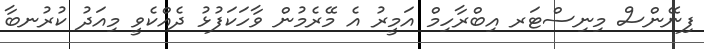
ފިނޭންސް މިިނިސްޓަރ އިބްރާހިމް އަމީރު އެ މޭރެމުން ވާހަކަފުޅު ދެއްކެވީ މިއަދު ކުރުނބާ